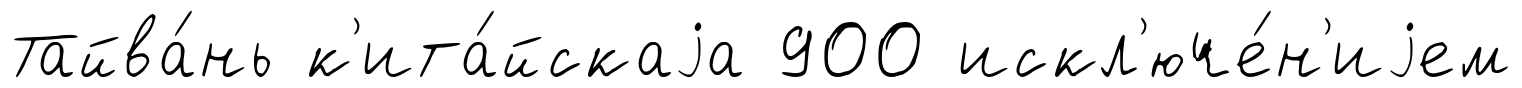
Тайва́нь к'ита́йскаjа 900 искл'юче́н'иjем